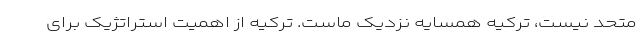
متحد نیست، ترکیه همسایه نزدیک ماست. ترکیه از اهمیت استراتژیک برای